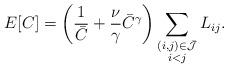
LaTeX: \begin{align*} E[C] = \left( \frac{1}{\bar C} + \frac{\nu}{\gamma} \bar C^\gamma \right) \sum_{\substack{(i,j)\in\bar {\mathcal{J}}\\ i<j}} L_{ij}.\end{align*}